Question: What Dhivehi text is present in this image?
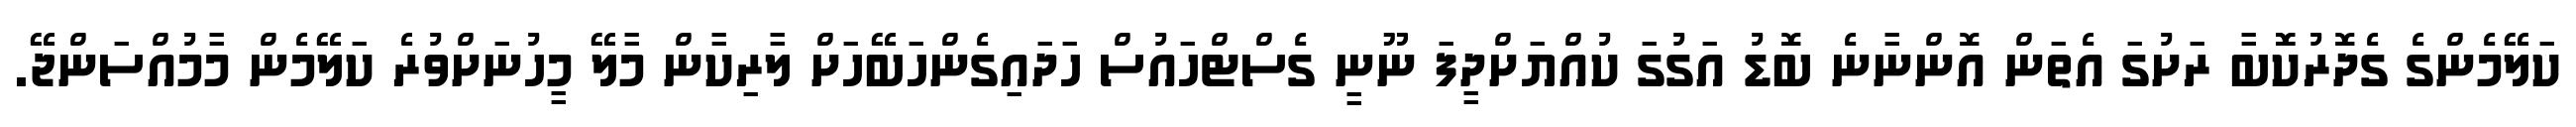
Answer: ކަލޭމެންގެ ގެދޮރުކޮޮބާ ރަށުގަ އެތަން އޮންނާނެ ބޮޑު އަގުގަ ކުއްޔަށްދީފަ ނޫނީ ގެސްޓްހައުސް ހަދައިގެންހަބޭހަށް ލާރިކާން މާލޭ މީހުނަށްވުރެ ކަލޭމެން މާމުއްސަންޖޭ.